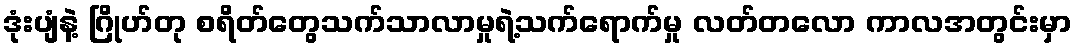
ဒုံးပျံနဲ့ ဂြိုဟ်တု စရိတ်တွေသက်သာလာမှုရဲ့သက်ရောက်မှု လတ်တလော ကာလအတွင်းမှာ